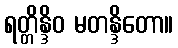
ရတ္တိန္ဒိဝ မတန္ဒိတော။